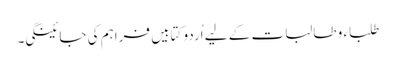
طلباء و طالبات کے لیے اُردو کتابیں فراہم کی جائینگی۔